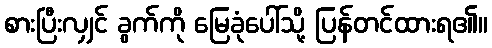
စားပြီးလျှင် ခွက်ကို မြေခုံပေါ်သို့ ပြန်တင်ထားရ၏။